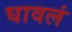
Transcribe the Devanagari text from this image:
घावलं